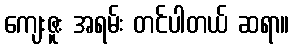
ကျေးဇူး အရမ်း တင်ပါတယ် ဆရာ။